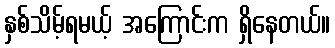
နှစ်သိမ့်ရမယ့် အကြောင်းက ရှိနေတယ်။